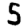
Digit: 5